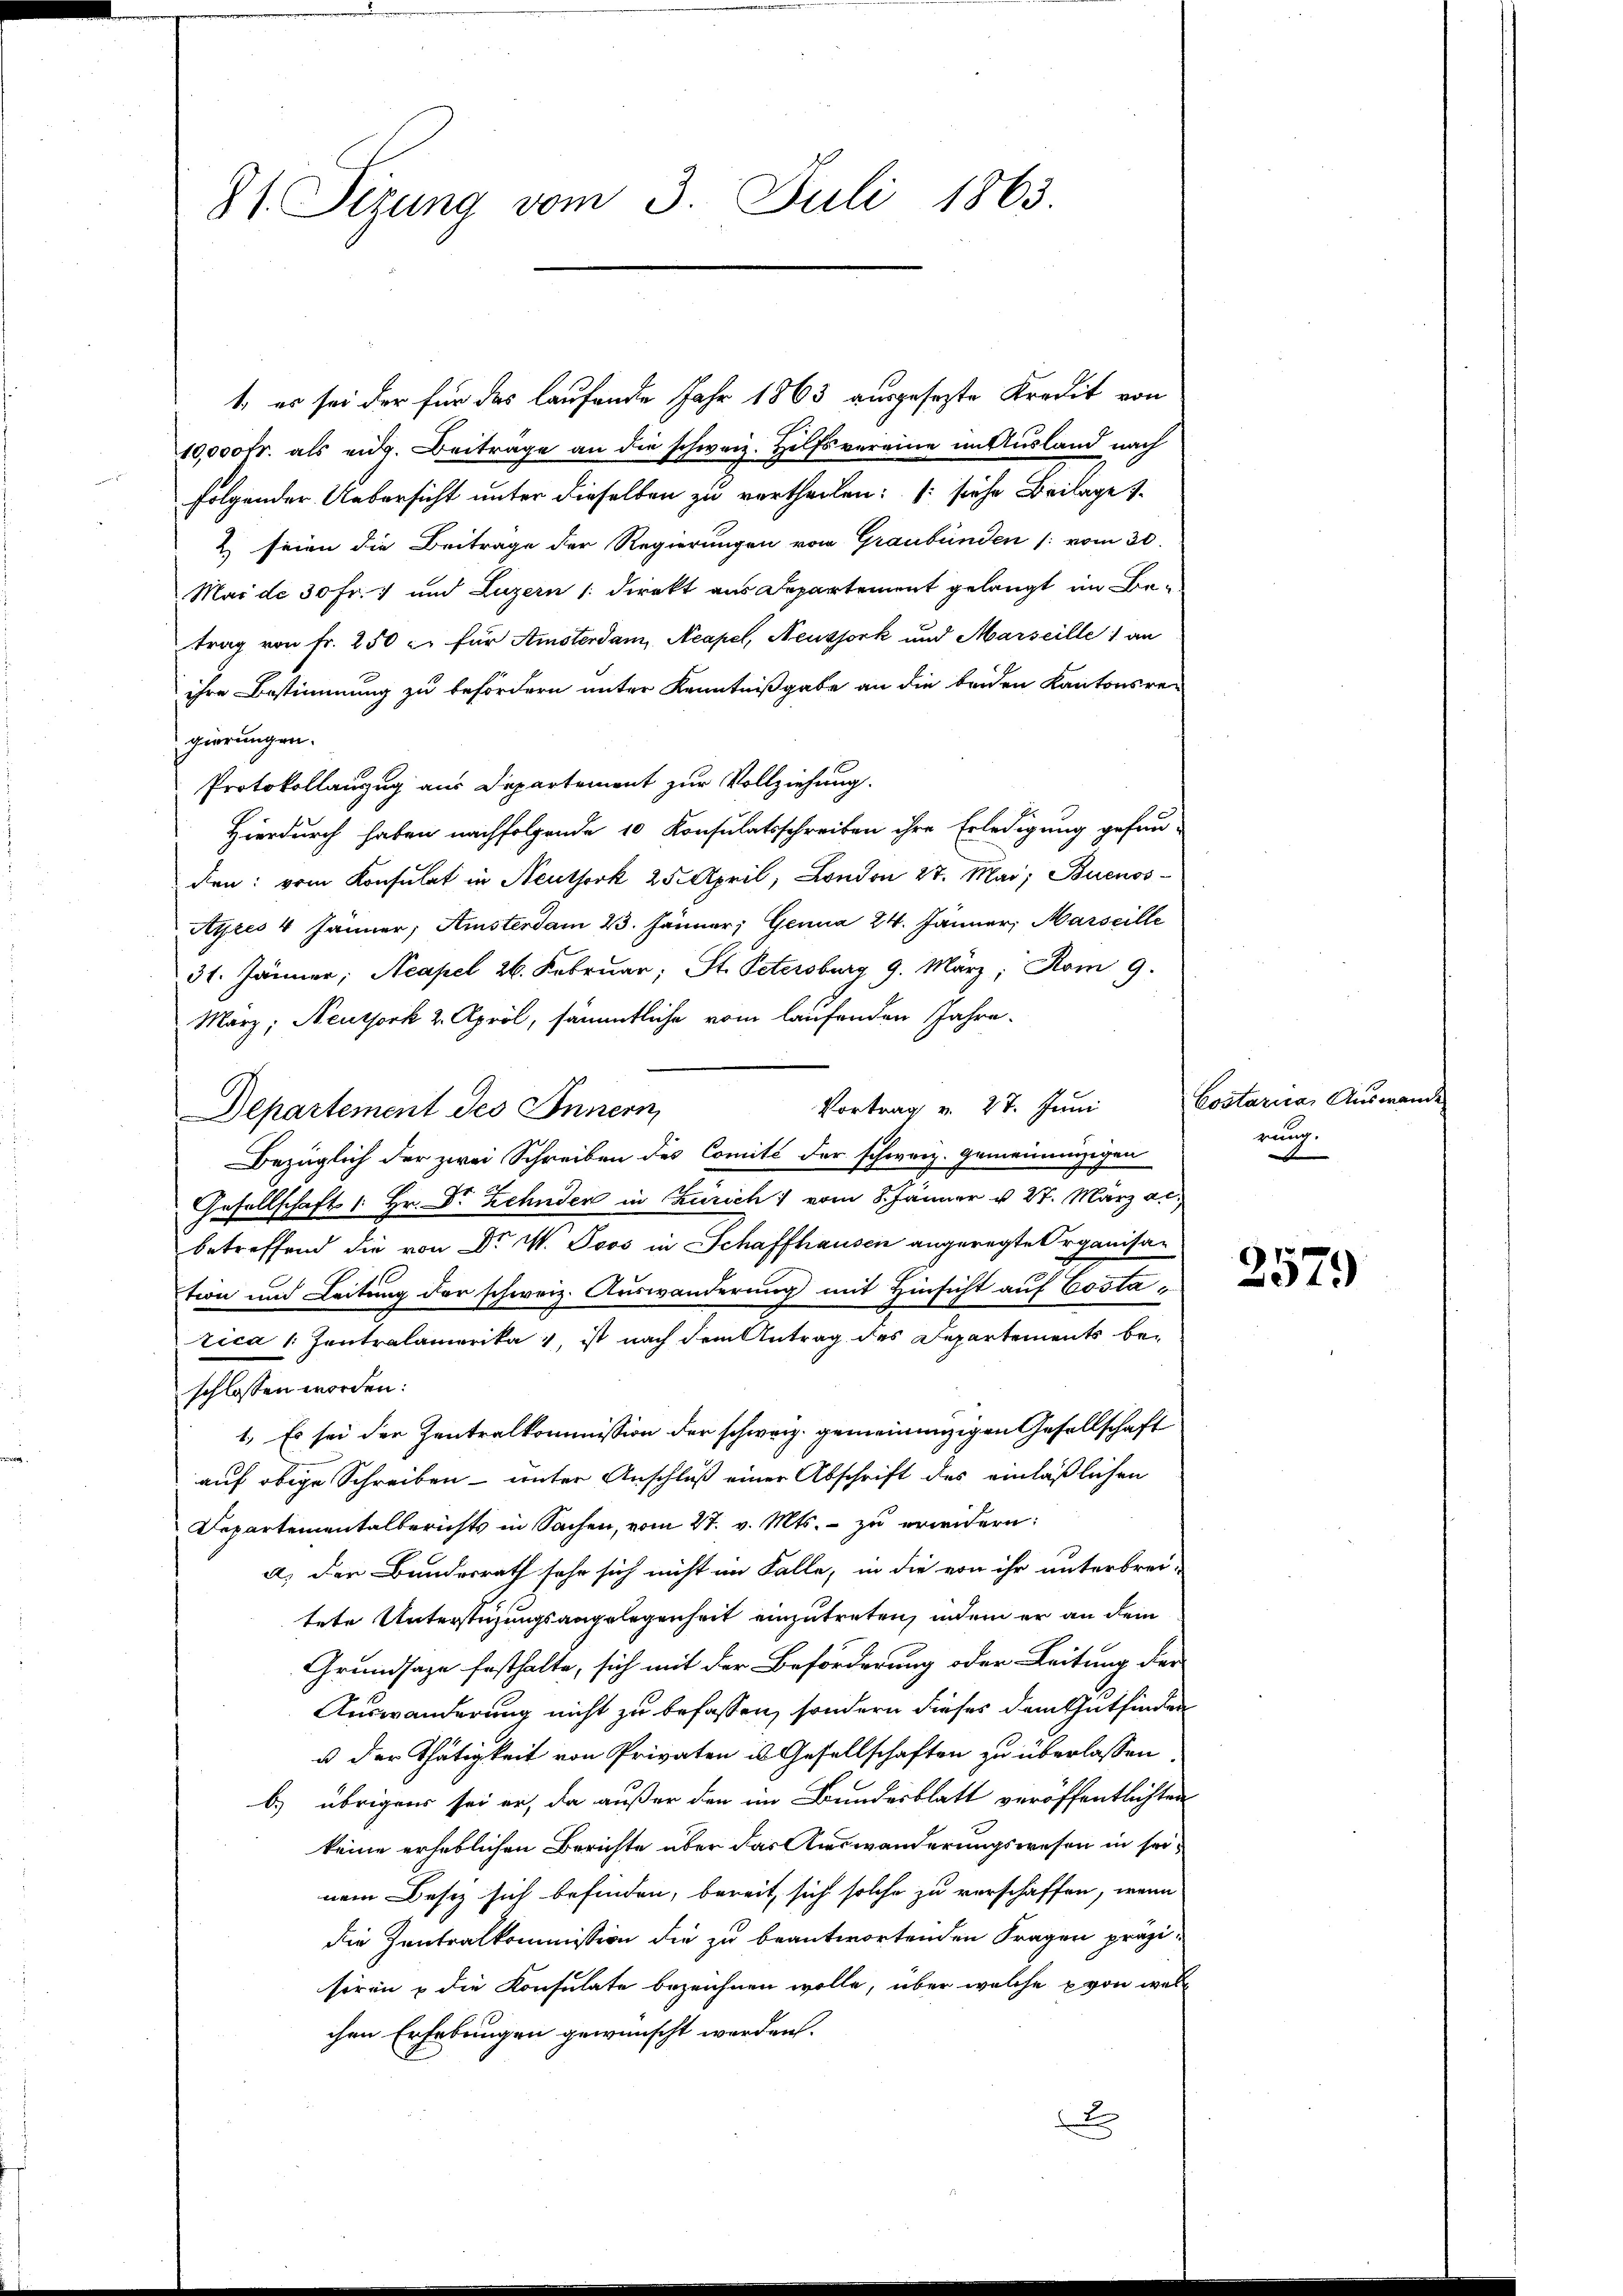
81. Sizung vom 3. Juli 1863.

t, es sei der für das laufende Jahr 1863 ausgesezte Kredit von
10,000fr. als eidg. Beitrage an die schweiz. Hilfsvereine in Ausland nach
folgender Uebersicht unter dieselben zu vertheilen: (siehe Beilage s
2) seien die Beitrage der Regierungen vom Graubünden (: vom 30
Mai de 30 Fr. 7 und Luzern / direkt aus Departement gelangt an Betrag von Fr. 250 l. für Amsterdam, Neapel, Neussork und Marseille 1 an
ihre Bestimmung zu befördern unter Kenntnißgabe an die beiden Kantonsregierungen.
Protokollanzug aus Departement zur Vollziehung.
Hierdurch haben nachfolgende 10 Konsulatsschreiben ihre Erledigung gefun-
den: vom Konsulat in Neuthork 25. April, London 27. Mai, Buenos-
Ayres 4 Jänner, Amsterdam 23. Jänner, Genua 24. Jänner, Marseille
31. Jänner; Neapel 26. Februar: St. Petersburg 9. März, Rom 9.
Marz; Neuthork 2. April, sämmtliche vom laufenden Jahre
Vortrag v. 27. Juni
Departement Jes Innern
Bezüglich der zwei Schreiben des Comité der schweiz. Gemeindenzigen
Gesellschaft 1 Hr. Dr Zehnder in Zürich vom 8. Jänner v. 27. März ac.
betreffend die von Dr. W. Joos in Schaffhausen angeregte Organisation und Leitung der schweiz. Auswanderung mit Hinsicht auf Costarica 1. Zentralamerika, ist nach dem Antrag des Departements beschlossen worden:
1. Es sei der Zentralkommission der schweiz gemeinenzigen Gesellschaft
auf obige Schreiben unter Anschluß einer Abschrift des einläßlichen
Departementalberichts in Sachen, vom 27. v. Mts. - zu erwidern:
a) der Bundesrath sehr sich nicht im Falle, in die von ihr unterbrei-
tete Unterstüzungsangelegenheit einzutreten, indem er an dem
Grundsaze festhalte, sich mit der Beförderung oder Leitung der
Auswanderung nicht zu befassen, sondern dieses dem Gutfinden
u der Thätigkeit von Privaten is Gesellschaften zu überlassen
b.) übrigens sei er, da außer den im Bundesblatt veröffentlichten
keine erheblichen Berichte über das Auswanderungswesen in seinem Besiz sich befinden, bereit, sich solche zu verschaffen, wenn
die Zentralkommission die zu beantwortenden Fragen präzisiren & die Konsulate bezeichnen wolle, über welche von welchen Erhebungen gewünscht werden.
x

Costarica, Auswei
rung.

2579